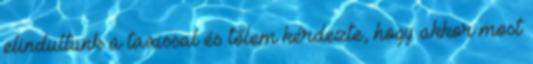
elindultunk a taxissal és tőlem kérdezte, hogy akkor most